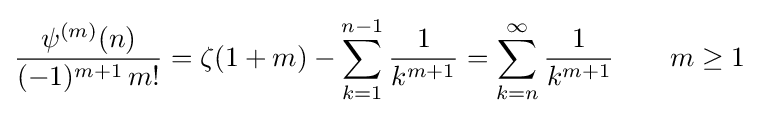
{\frac {\psi ^{(m)}(n)}{(-1)^{m+1}\,m!}}=\zeta (1+m)-\sum _{k=1}^{n-1}{\frac {1}{k^{m+1}}}=\sum _{k=n}^{\infty }{\frac {1}{k^{m+1}}}\qquad m\geq 1